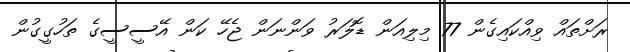
ރަށްތައް ވިއްކައިގެން 77 މިލިއަން ޑޮލަރު ވަންނަން ޖެހޭ ކަން އޭސީސީގެ ތަހުގީގުން